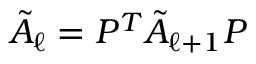
\tilde { A } _ { \ell } = P ^ { T } \tilde { A } _ { \ell + 1 } P